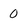
Character: 0